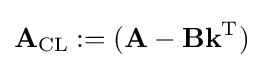
\mathbf {A} _{\rm {CL}}:=(\mathbf {A} -\mathbf {Bk} ^{\rm {T}})